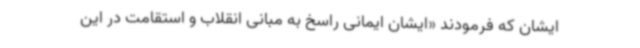
ایشان که فرمودند «ایشان ایمانی راسخ به مبانی انقلاب و استقامت در این